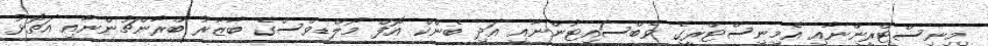
މިނިސްޓްރީންނާއި އެމިނިސްޓްރީގެ ވެބްސައިޓުންނާއި އަދި ބެންކް އޮފް މޯލްޑިވްސްގެ ބާޒާރު ބްރާންޗުންނާއި އަތޮޅު